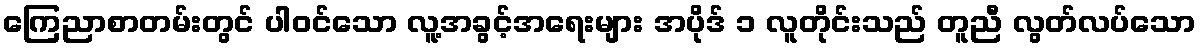
ကြေညာစာတမ်းတွင် ပါဝင်သော လူ့အခွင့်အရေးများ အပိုဒ် ၁ လူတိုင်းသည် တူညီ လွတ်လပ်သော